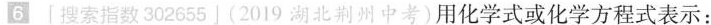
6「搜索指数302655」(2019湖北荆州中考)用化学式或化学方程式表示：